Document type: Acquittance
Year: 1296
Scribe: Jaume de Malví
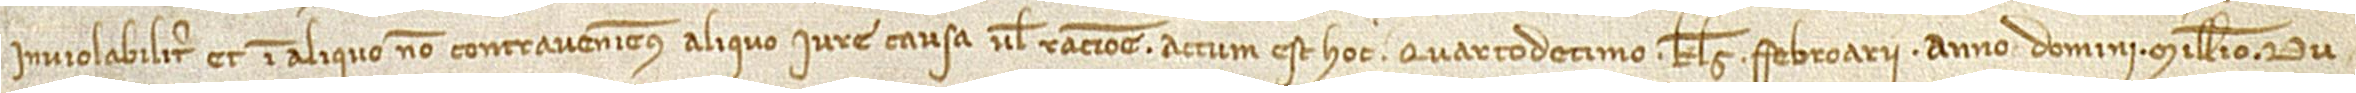
inviolabiliter, et in aliquo non contraveniemus aliquo iure, causa vel racione.  Actum est hoc quartodecimo kalendas febroarii, anno Domini millesimo du-